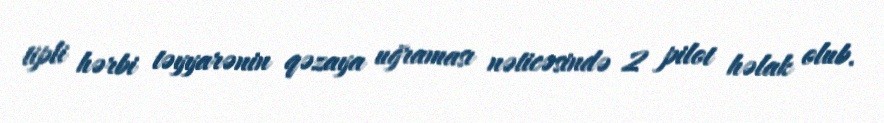
tipli hərbi təyyarənin qəzaya uğraması nəticəsində 2 pilot həlak olub.